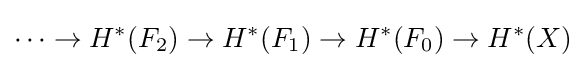
\cdots \to H^{*}(F_{2})\to H^{*}(F_{1})\to H^{*}(F_{0})\to H^{*}(X)